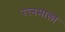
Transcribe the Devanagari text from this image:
रत्‍नमाला